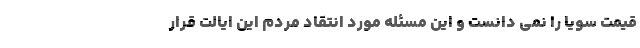
قیمت سویا را نمی دانست و این مسئله مورد انتقاد مردم این ایالت قرار